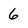
Character: 6